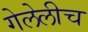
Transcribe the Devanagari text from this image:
गेलेलीच